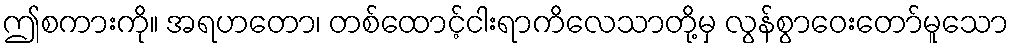
ဤစကားကို။ အရဟတော၊ တစ်ထောင့်ငါးရာကိလေသာတို့မှ လွန်စွာဝေးတော်မူသော